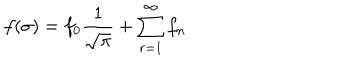
f ( \sigma ) = f _ { 0 } \frac { 1 } { \sqrt { \pi } } + \sum _ { r = 1 } ^ { \infty } f _ { n }